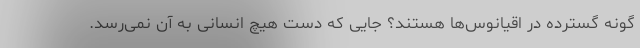
گونه گسترده در اقیانوس‌ها هستند؟ جایی که دست هیچ انسانی به آن نمی‌رسد.